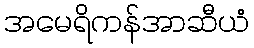
အမေရိကန်အာဆီယံ